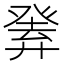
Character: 𤼴